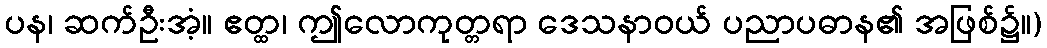
ပန၊ ဆက်ဦးအံ့။ ဧတ္ထ၊ ဤလောကုတ္တရာ ဒေသနာဝယ် ပညာပဓာန၏ အဖြစ်၌။)